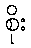
စိုး